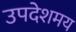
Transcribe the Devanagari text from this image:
उपदेशमय